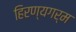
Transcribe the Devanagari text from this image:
हिरण्यगर्म